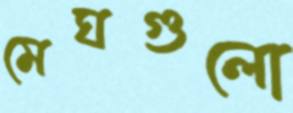
মেঘগুলো